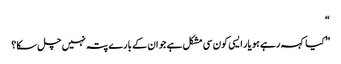
“
” کیا کہہ رہے ہو یار ایسی کون سی مشکل ہے جو ان کے بارے پتہ نہیں چل سکا؟